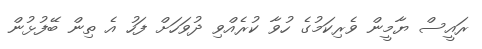
ރައީސް ޔާމީން ވެރިކަމުގެ ހުވާ ކުރެއްވި ދުވަހަށް ފަހު އެ ތިން ބޭފުޅުން